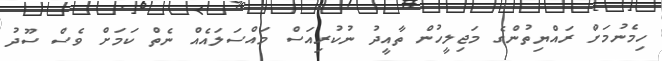
ހިމެނުމަށް ރައްޔިތުންގެ މަޖިލީހުން ތާއީދު ނުކުރިއަސް މައްސަލައެއް ނެތް ކަމަށް ވެސް ސޫދު